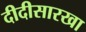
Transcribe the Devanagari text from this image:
दीदीसारखा